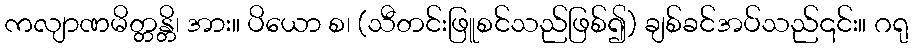
ကလျာဏမိတ္တန္တိ၊ အား။ ပိယော စ၊ (သီတင်းဖြူစင်သည်ဖြစ်၍) ချစ်ခင်အပ်သည်၎င်း။ ဂရု